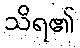
သိရ၏